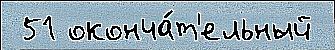
 51 оконча́т'ельный